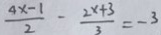
\frac { 4 x - 1 } { 2 } - \frac { 2 x + 3 } { 3 } = - 3